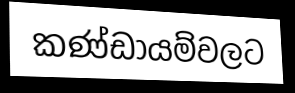
කණ්ඩායම්වලට